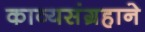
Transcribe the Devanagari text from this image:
काव्यसंग्रहाने